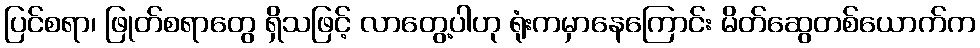
ပြင်စရာ၊ ဖြုတ်စရာတွေ ရှိသဖြင့် လာတွေ့ပါဟု ရုံးကမှာနေကြောင်း မိတ်ဆွေတစ်ယောက်က